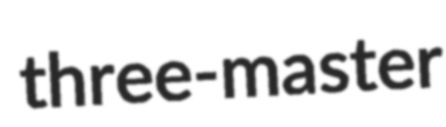
three-master